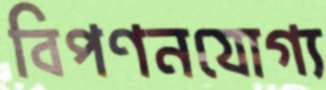
বিপণনযোগ্য